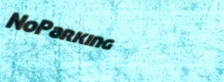
NoParking